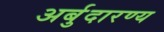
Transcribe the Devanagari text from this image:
अर्बुदारण्य